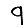
Digit: 9